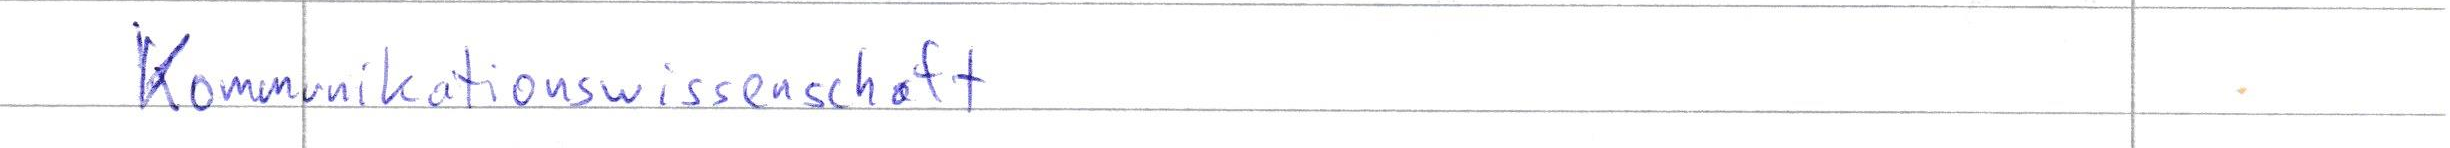
Kommunikationswissenschaft